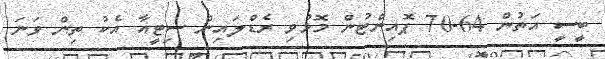
ބީސީ އަތުން 64-70 ޕޮއިންޓުން މޮޅުވި ރެޑްލައިން ސިޓީއާ އެކު ތިން ވަނަ